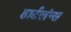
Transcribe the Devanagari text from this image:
हार्टलंग्स